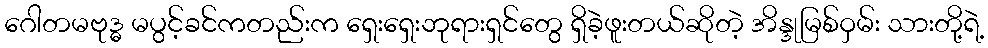
ဂေါတမဗုဒ္ဓ မပွင့်ခင်ကတည်းက ရှေးရှေးဘုရားရှင်တွေ ရှိခဲ့ဖူးတယ်ဆိုတဲ့ အိန္ဒုမြစ်ဝှမ်း သားတို့ရဲ့